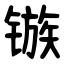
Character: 镞